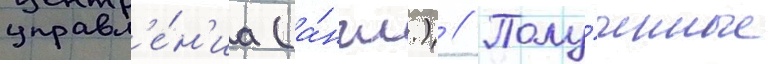
управл'е́н'иа (а́нгл.) // Полу́ченные